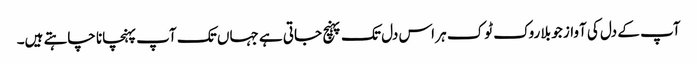
آپ کے دل کی آواز جو بلا روک ٹوک ہر اس دل تک پہنچ جاتی ہے جہاں تک آپ پہنچانا چاہتے ہیں۔